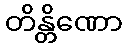
တိန္တိဏော